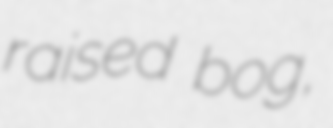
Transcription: raised bog,